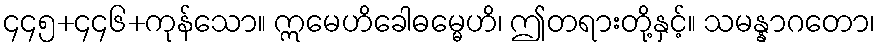
၄၄၅+၄၄၆+ကုန်သော။ ဣမေဟိခေါဓမ္မေဟိ၊ ဤတရားတို့နှင့်။ သမန္နာဂတော၊